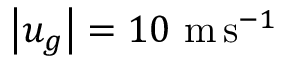
\left| u _ { g } \right| = 1 0 \, \, \mathrm { m } \, \mathrm { s } ^ { - 1 }